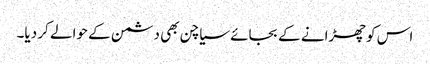
اس کو چھڑانے کے بجائے سیاچن بھی دشمن کے حوالے کر دیا۔